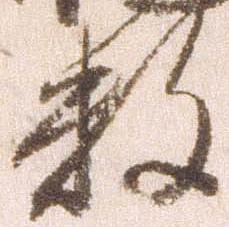
数